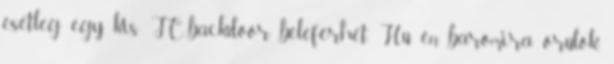
esetleg egy kis JC-backdoor beleférhet. Hú, én baromira örülök,